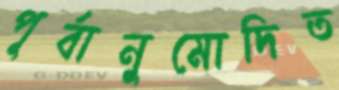
পূর্বানুমোদিত